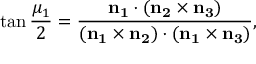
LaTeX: \tan { \frac { \mu _ { 1 } } 2 } = \frac { \bf { n } _ { 1 } \cdot ( \bf { n } _ { 2 } \times \bf { n } _ { 3 } ) } { ( \bf { n } _ { 1 } \times \bf { n } _ { 2 } ) \cdot ( \bf { n } _ { 1 } \times \bf { n } _ { 3 } ) } ,